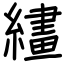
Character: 繣